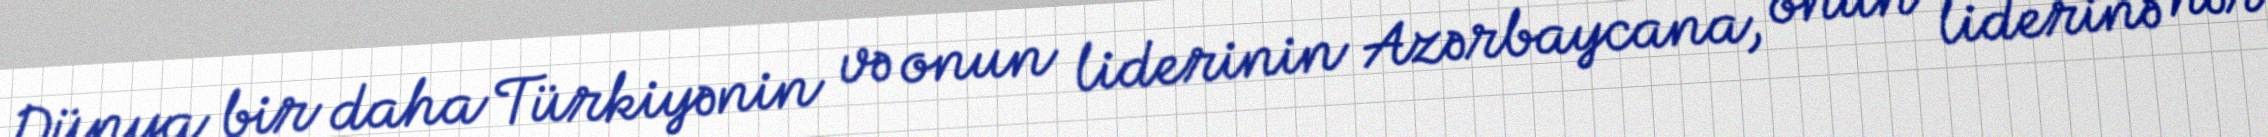
Dünya bir daha Türkiyənin və onun liderinin Azərbaycana, onun liderinə hər